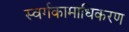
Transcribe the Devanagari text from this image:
स्वर्गकामाधिकरण